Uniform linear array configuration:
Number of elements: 4
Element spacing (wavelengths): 0.5
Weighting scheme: hann
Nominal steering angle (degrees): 30
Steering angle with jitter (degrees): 29.039
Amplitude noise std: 0.05
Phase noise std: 0.05

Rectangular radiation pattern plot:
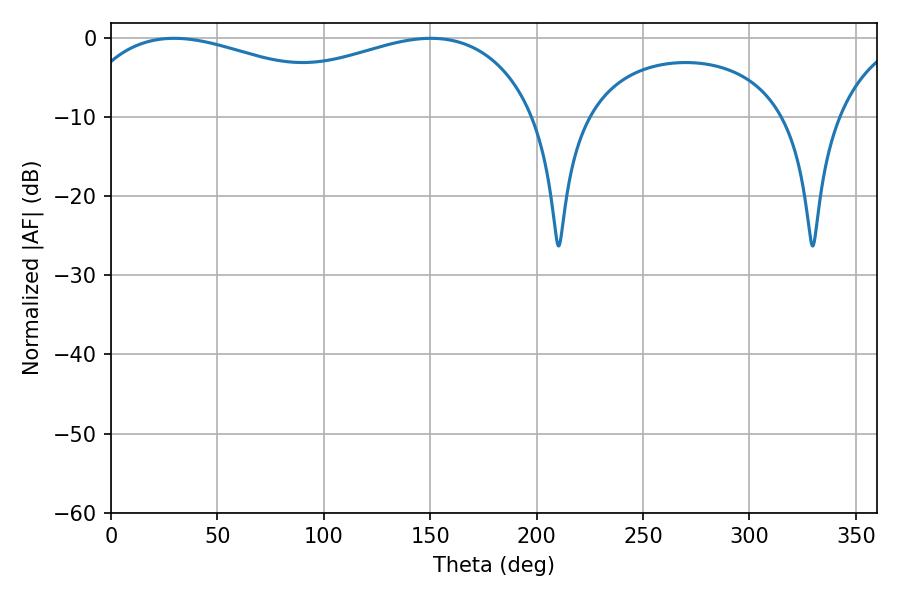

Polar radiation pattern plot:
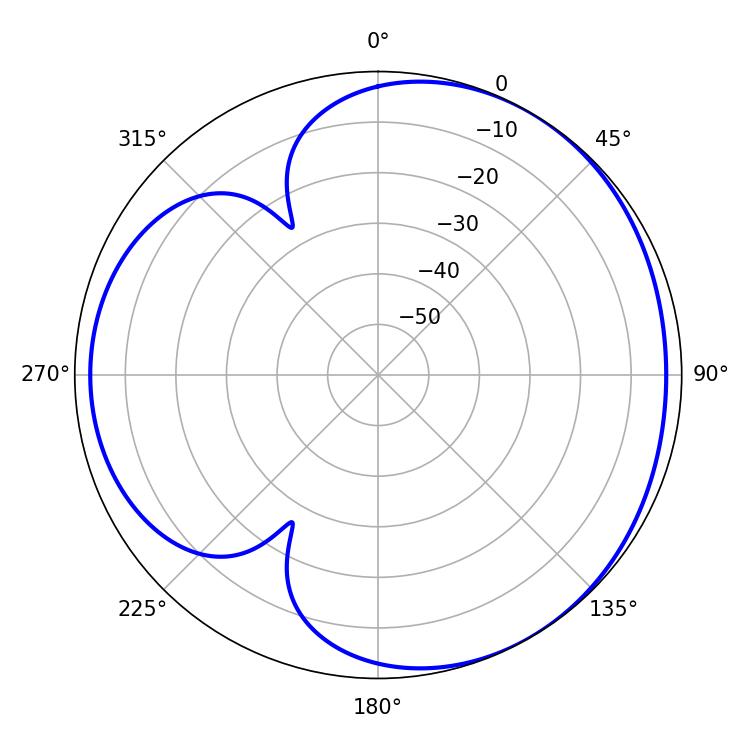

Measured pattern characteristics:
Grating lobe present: FALSE
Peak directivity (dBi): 3.507
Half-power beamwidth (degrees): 84.78
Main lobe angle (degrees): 29.7